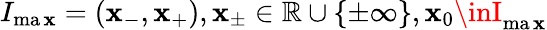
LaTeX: I_{\operatorname*{ma\mathbf{x}}}=(\mathbf{x}_{-},\mathbf{x}_{+}),\mathbf{x}_{\pm}\in\mathbb{{R}}\cup\{ \pm\infty\} ,\mathbf{x}_{0}\inI_{\operatorname*{ma\mathbf{x}}}